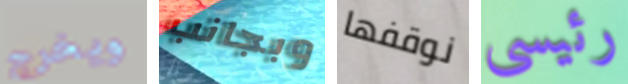
ويخرج وبجانب نوقفها رئيسى